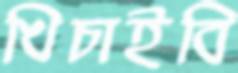
খিচাইবি